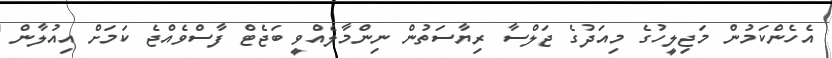
އެހެންކަމުން މަޖިލީހުގެ މިއަދުގެ ޖަލްސާ ރިޔާސަތުން ނިންމާލެއްވީ ބަޖެޓް ފާސްވެއްޖެ ކަމަށް އިއުލާން